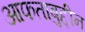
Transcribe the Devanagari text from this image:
आफताबुद्दीन